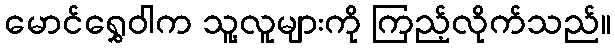
မောင်ရွှေဝါက သူ့လူများကို ကြည့်လိုက်သည်။